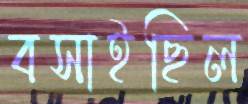
বসাইছিল